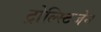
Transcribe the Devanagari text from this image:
ट्रोल्स्टिजेन